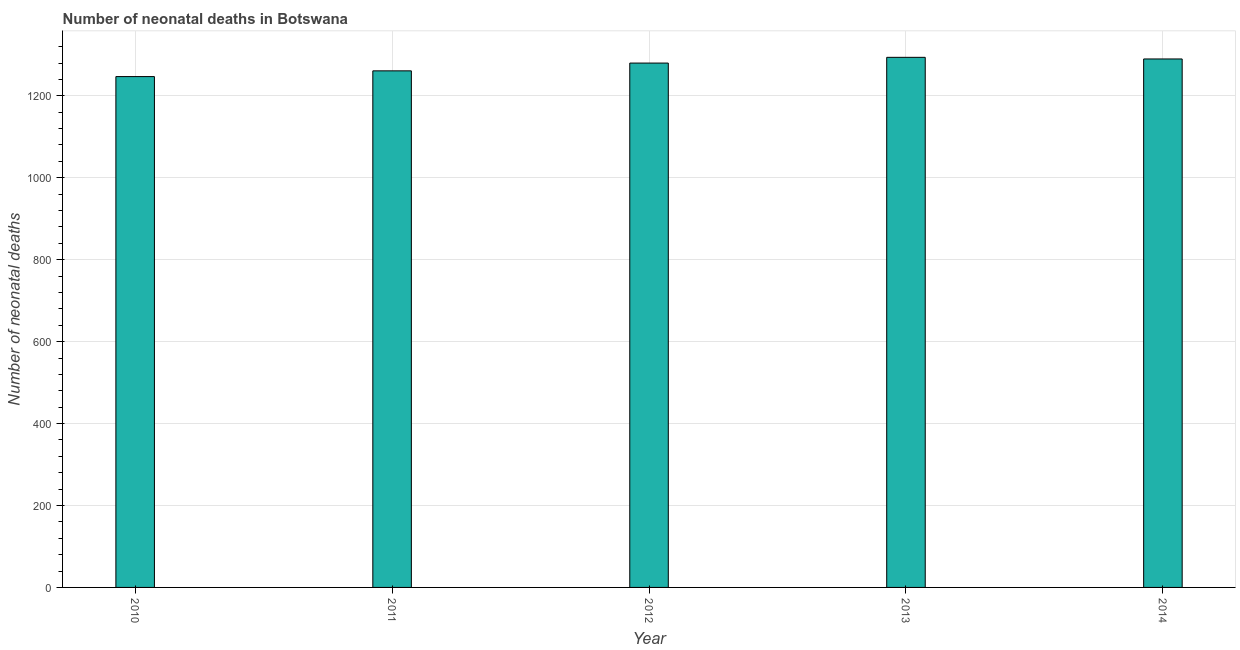
| Year | Neonatal deaths |
 | --- | --- |
 | 2010 | 1.25e+03 |
 | 2011 | 1.26e+03 |
 | 2012 | 1.28e+03 |
 | 2013 | 1.29e+03 |
 | 2014 | 1.29e+03 |